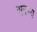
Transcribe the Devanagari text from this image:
सरम्य